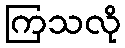
ကြသလို